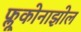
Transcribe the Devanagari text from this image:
फ्लूकोनाझोल